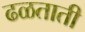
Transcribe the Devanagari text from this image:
ढळताती